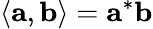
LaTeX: \langle\mathbf{a},\mathbf{b}\rangle=\mathbf{a}^{*}\mathbf{b}